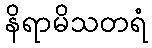
နိရာမိသတရံ